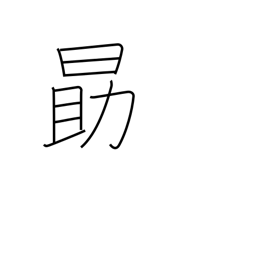
Meaning: be diligent